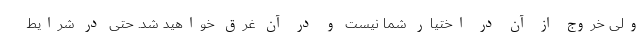
ولی خروج از آن در اختیار شما نیست و در آن غرق خواهید شد. حتی در شرایط